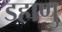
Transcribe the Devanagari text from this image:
डहाणु